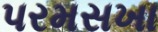
પરમસખા